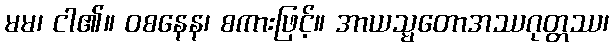
မမ၊ ငါ၏။ ဝစနေန၊ စကားဖြင့်။ အာယသ္မတောအဿဂုတ္တဿ၊